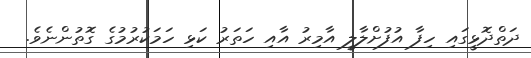
ދަތްދޮޅީގައި ހިފާ އުފުށްލާލީ އާމިރު އާއި ހަތަރު ކަޅި ހަމަކުރުމުގެ ގޮތުންނެވެ.